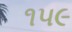
૧૫૯